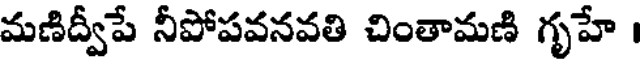
మణిద్వీపే నీపోపవనవతి చింతామణి గృహే